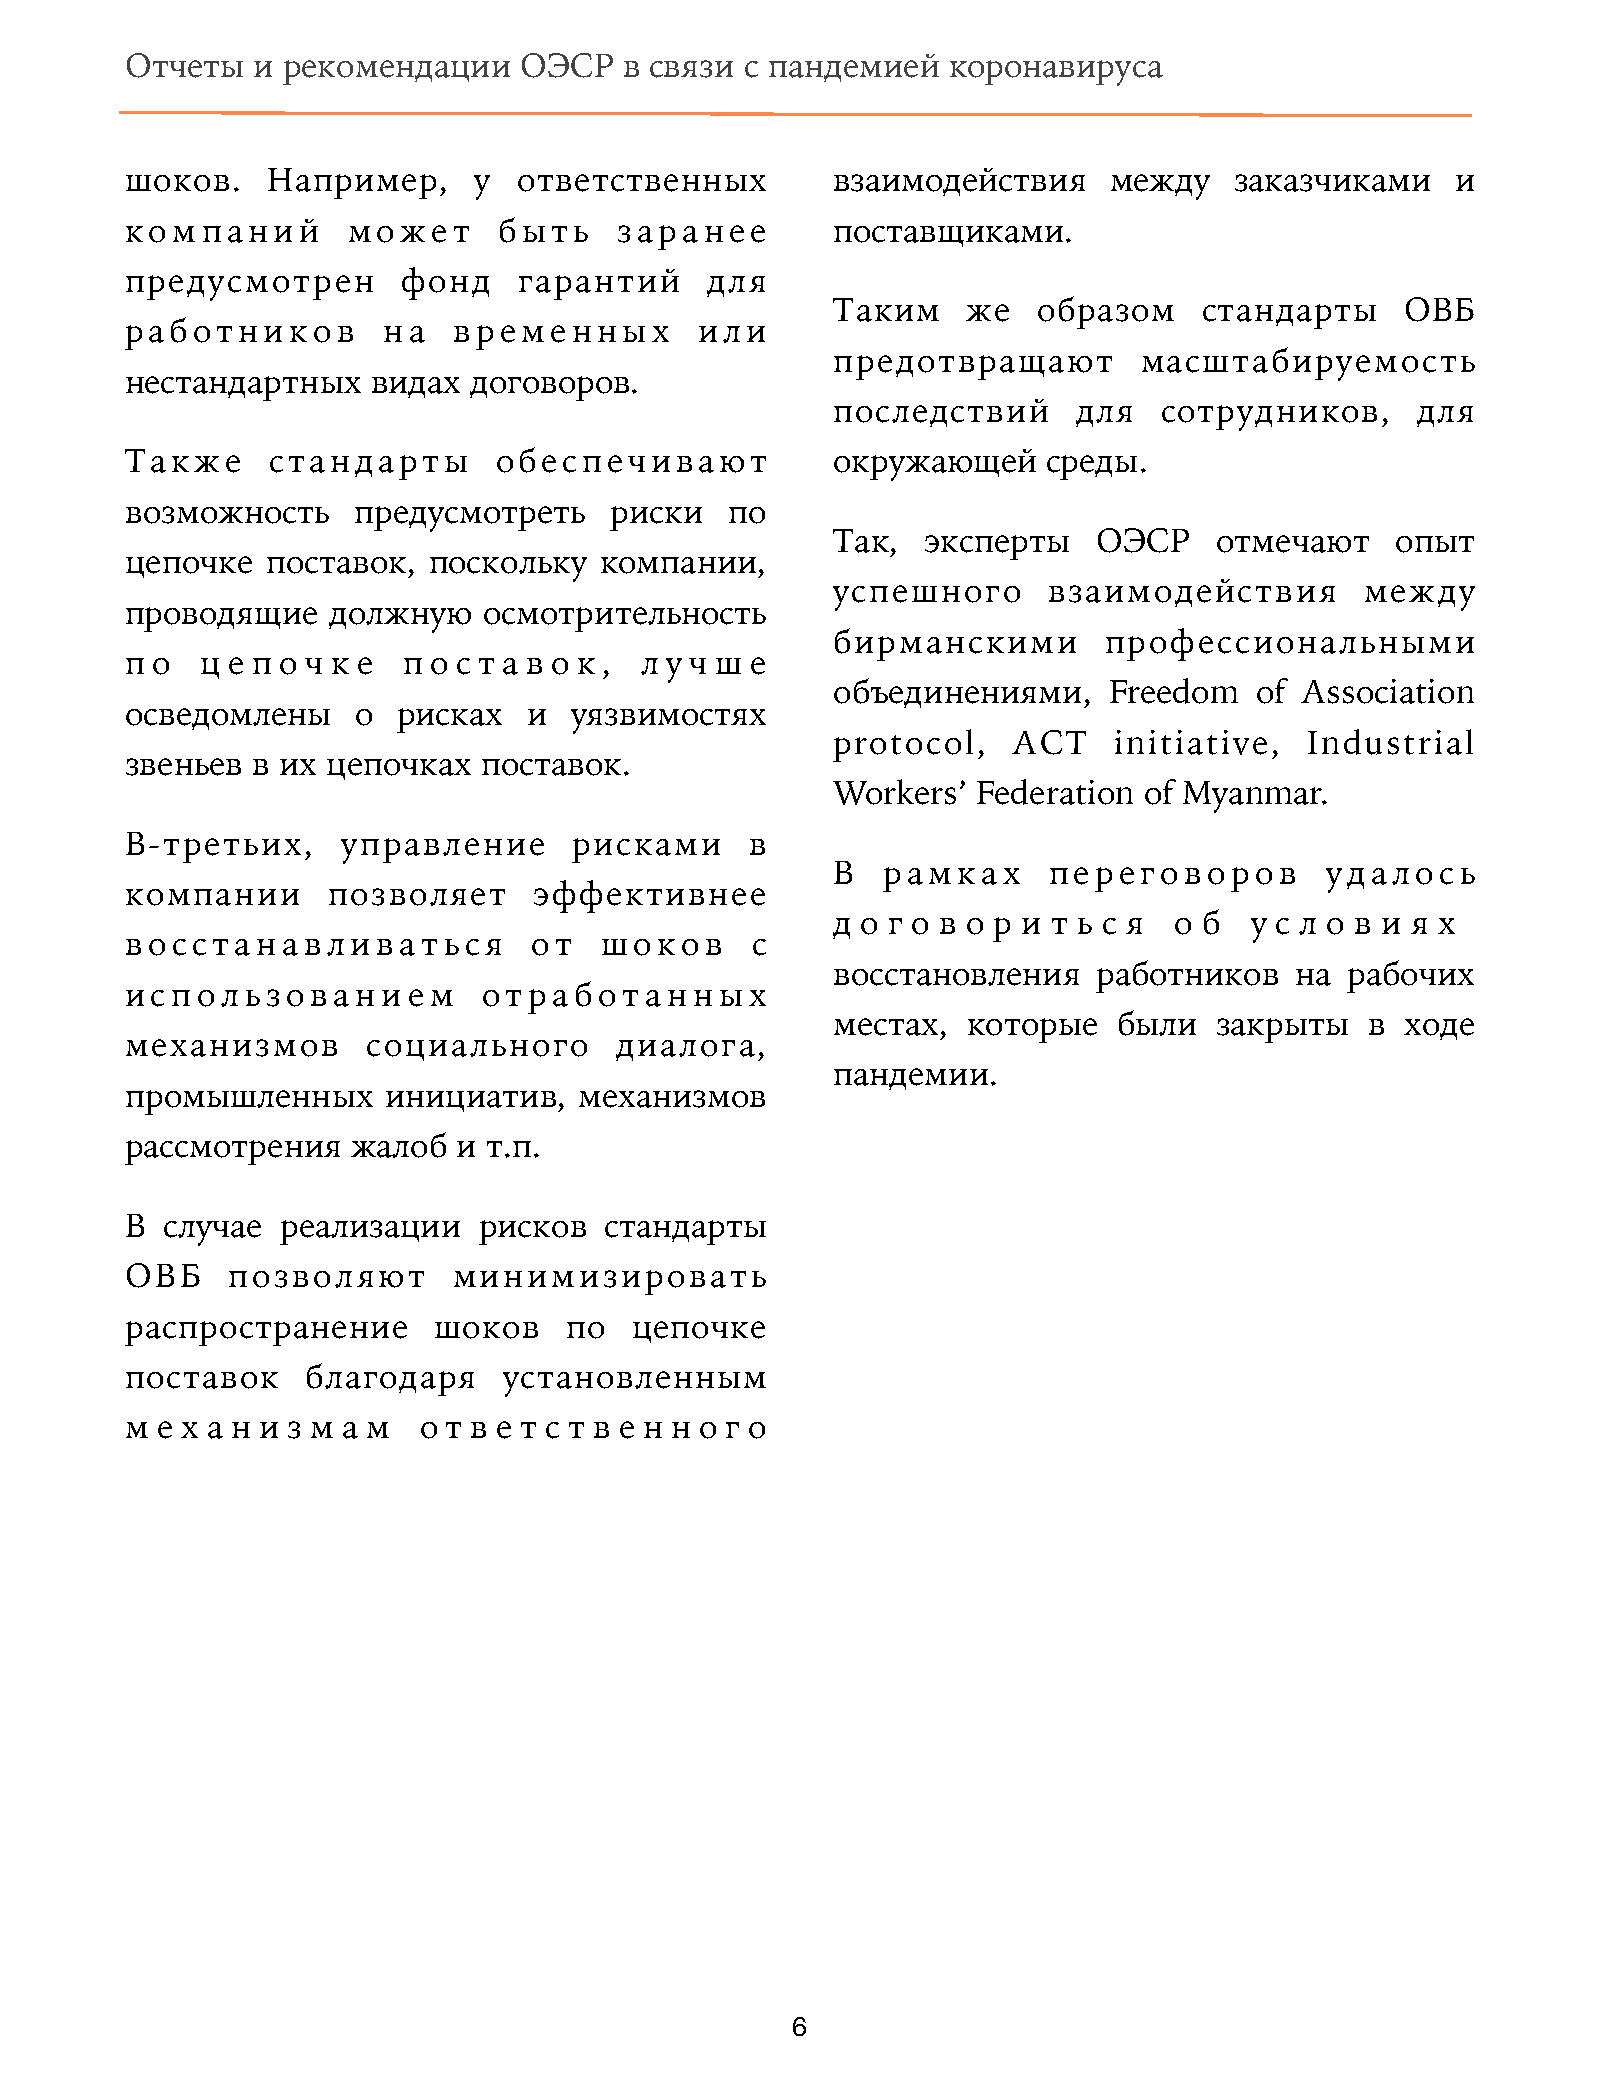
Отчеты   и рекомендации   ОЭСР   в связи с пандемией   коронавируса
 шоков.    Например,    у  ответственных        взаимодействия    между    заказчиками   и
 компаний      может     быть   заранее         поставщиками.
 предусмотрен       фонд   гарантий     для
 Таким    же  образом    стандарты    ОВБ
 работников       на   временных       или
 предотвращают       масштабируемость
 нестандартных    видах договоров.
 последствий     для  сотрудников,     для
 Также    стандарты      обеспечивают           окружающей    среды.
 возможность    предусмотреть    риски   по
 Так,  эксперты    ОЭСР   отмечают    опыт
 цепочке   поставок, поскольку   компании,
 успешного     взаимодействия       между
 проводящие    должную   осмотрительность
 бирманскими       профессиональными
 п о ц е п о ч к е п о с т а в о к, л у ч ш е
 объединениями,    Freedom   of Association
 осведомлены    о  рисках   и  уязвимостях
 protocol,   ACT    initiative,  Industrial
 звеньев  в их цепочках  поставок.
 Workers’  Federation of Myanmar.
 В-третьих,    управление     рисками    в
 В  рамках     переговоров        удалось
 компании     позволяет     эффективнее
 д о г о в о р и т ь с я о б у с л о в и я х
 восстанавливаться         от  шоков     с
 восстановления    работников   на рабочих
 использованием         отработанных
 местах,  которые   были   закрыты   в ходе
 механизмов      социального     диалога,
 пандемии.
 промышленных     инициатив,   механизмов
 рассмотрения   жалоб  и т.п.
 В  случае  реализации   рисков  стандарты
 ОВБ    позволяют     минимизировать
 распространение      шоков   по  цепочке
 поставок    благодаря    установленным
 м е х а н и з м а м о т в е т с т в е н н о г о
 6